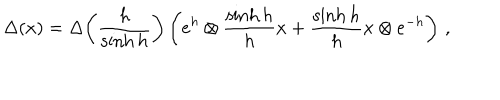
\Delta ( x ) = \Delta \! \left( \frac { h } { \sinh h } \right) \left( e ^ { h } \otimes \frac { \sinh h } { h } x + \frac { \sinh h } { h } x \otimes e ^ { - h } \right) \, ,